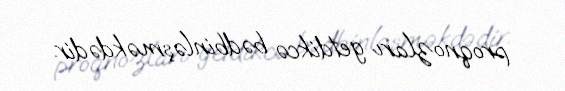
proqnozları getdikcə bədbinləşməkdədir.